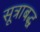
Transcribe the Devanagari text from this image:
सूत्राबद्ध